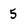
Character: 5